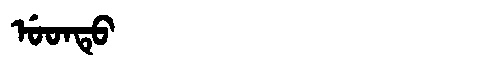
Manchu: ᡠᡨᡨᡠ
Romanization: UTTU